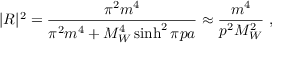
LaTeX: | R | ^ { 2 } = \frac { \pi ^ { 2 } m ^ { 4 } } { \pi ^ { 2 } m ^ { 4 } + M _ { W } ^ { 4 } \sinh ^ { 2 } \pi p a } \approx \frac { m ^ { 4 } } { p ^ { 2 } M _ { W } ^ { 2 } } \ ,